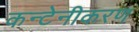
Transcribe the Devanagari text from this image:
कन्टेनीकरण